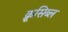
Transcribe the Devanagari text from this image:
क्रूसिब्ल